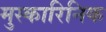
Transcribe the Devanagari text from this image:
मुस्कारिनिक